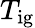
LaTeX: T_{\mathrm{ig}}